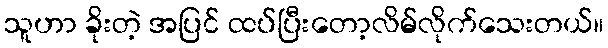
သူဟာ ခိုးတဲ့ အပြင် ထပ်ပြီးတော့လိမ်လိုက်သေးတယ်။